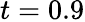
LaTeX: t=0.9